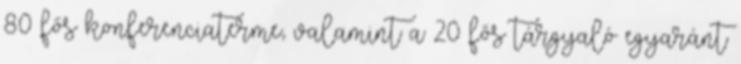
80 fős konferenciaterme, valamint a 20 fős tárgyaló egyaránt